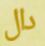
دال